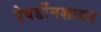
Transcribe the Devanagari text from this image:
ऐवर्डीनशायर